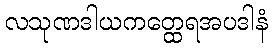
လသုဏဒါယကတ္ထေရအပဒါနံ